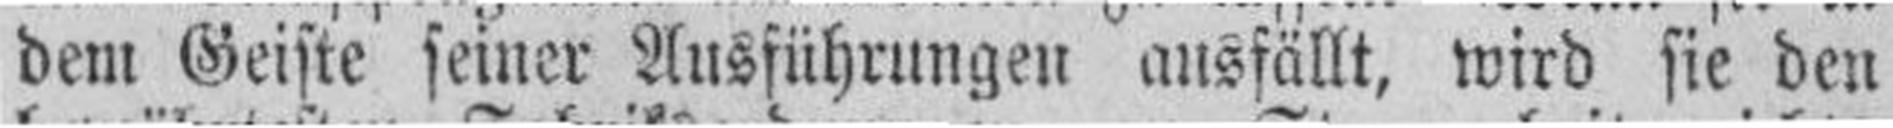
dem Geiste seiner Ausführungen ausfällt, wird sie den